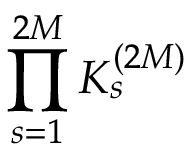
\displaystyle \prod _ { s = 1 } ^ { 2 M } K _ { s } ^ { ( 2 M ) }